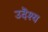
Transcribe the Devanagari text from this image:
उदॆश्य